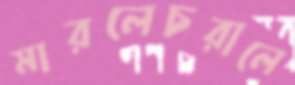
মারলেচরালে